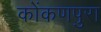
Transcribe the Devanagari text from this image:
कोंकणपुरा